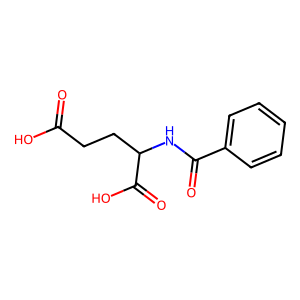
SMILES: O=C(O)CCC(NC(=O)c1ccccc1)C(=O)O
Inhibits HIV replication: No